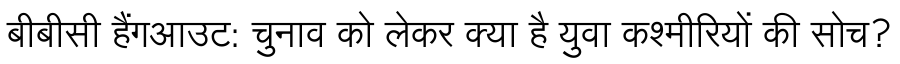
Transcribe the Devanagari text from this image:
बीबीसी हैंगआउट: चुनाव को लेकर क्या है युवा कश्मीरियों की सोच?